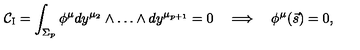
{ \mathcal { C } } _ { \mathrm { I } } = \int _ { \Sigma _ { p } } \phi ^ { \mu } d y ^ { \mu _ { 2 } } \wedge \dots \wedge d y ^ { \mu _ { p + 1 } } = 0 \quad \Longrightarrow \quad \phi ^ { \mu } ( \vec { s } ) = 0 ,